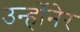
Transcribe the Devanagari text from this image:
उन्होंनेर